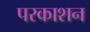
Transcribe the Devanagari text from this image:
परकाशन